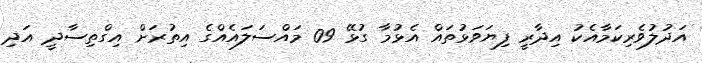
އަދުލުވެރިކަމާއެކު އިދާރީ ފިޔަވަޅުތައް އެޅުމާ ގުޅޭ 09 މައްސަލައެއްގެ އިތުރަށް އިގްތިސާދީ އަދި